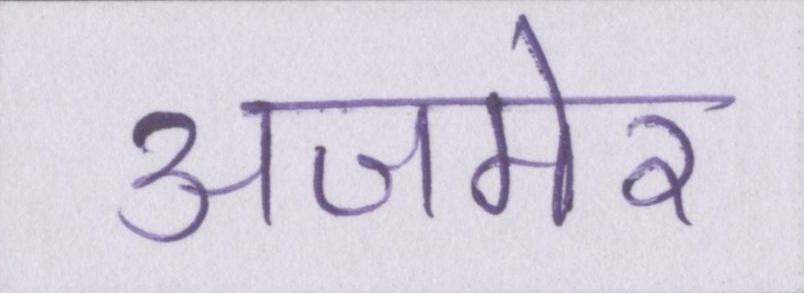
अजमेर